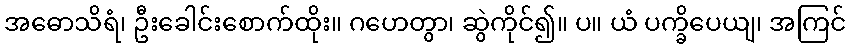
အဓောသိရံ၊ ဦးခေါင်းစောက်ထိုး။ ဂဟေတွာ၊ ဆွဲကိုင်၍။ ပ။ ယံ ပက္ခိပေယျ၊ အကြင်